Plague in India, 1896, 1897 - Volume 3
Year: 1896
Disease focus: Plague
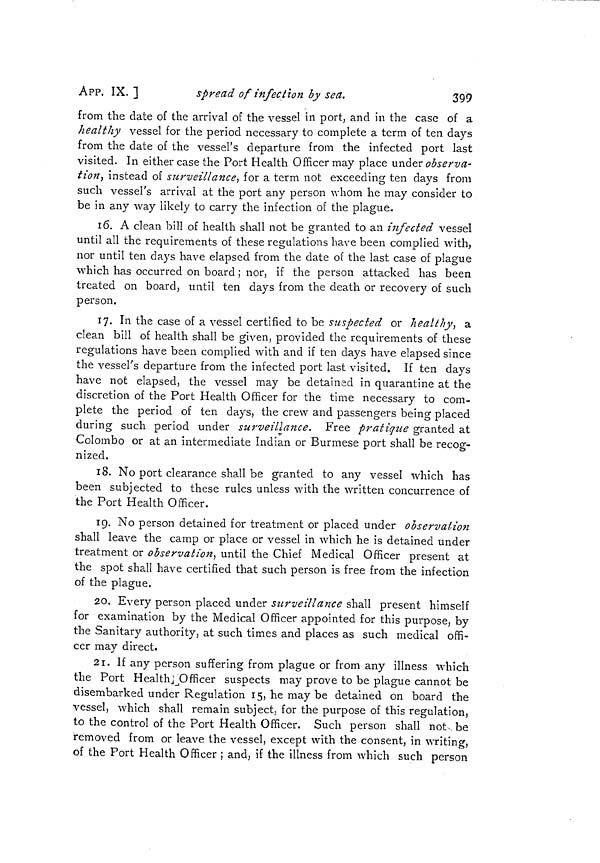
399
APP. IX. ]
spread of infection by sea.
from the date of the arrival of the vessel in port, and in the case of a
healthy vessel for the period necessary to complete a term of ten days
from the date of the vessel's departure from the infected port last
visited. In either case the Port Health Officer may place under observa-
tion, instead of surveillance, for a term not exceeding ten days from
such vessel's arrival at the port any person whom he may consider to
be in any way likely to carry the infection of the plague.
16. A clean bill of health shall not be granted to an infected vessel
until all the requirements of these regulations have been complied with,
nor until ten days have elapsed from the date of the last case of plague
which has occurred on board ; nor, if the person attacked has been
treated on board, until ten clays from the death or recovery of such
person.
17. In the case of a vessel certified to be suspected or healthy, a
clean bill of health shall be given, provided the requirements of these
regulations have been complied with and if ten clays have elapsed since
the vessel's departure from the infected port last visited. If ten days
have not elapsed, the vessel may be detained in quarantine at the
discretion of the Port Health Officer for the time necessary to com-
plete the period of ten days, the crew and passengers being placed
during such period under surveillance. Free pratiqiie granted at
Colombo or at an intermediate Indian or Burmese port shall be recog-
nized.
18. No port clearance shall be granted to any vessel which has
been subjected to these rules unless with the written concurrence of
the Port Health Officer.
19. No person detained for treatment or placed under observation
shall leave the camp or place or vessel in which he is detained under
treatment or observation, until the Chief Medical Officer present at
the spot shall have certified that such person is free from the infection
of the plague.
20. Every person placed under surveillance shall present himself
for examination by the Medical Officer appointed for this purpose, by
the Sanitary authority, at such times and places as such medical offi-
cer may direct.
21. If any person suffering from plague or from any illness which
the Port Health Officer suspects may prove to be plague cannot be
disembarked under Regulation 15, he may be detained on board the
vessel, which shall remain subject, for the purpose of this regulation,
to the control of the Port Health Officer. Such person shall not be
removed from or leave the vessel, except with the consent, in writing,
of the Port Health Officer ; and, if the illness from which such person